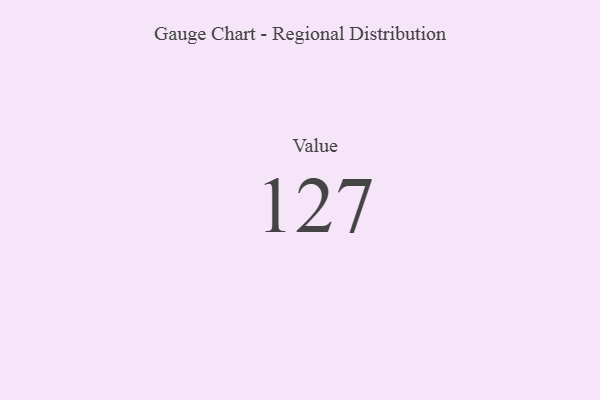
{"axis": {"x": "Metric", "y": "Value"}, "legend": [""], "data": [{"x": "Value", "y": 127, "type": ""}]}